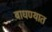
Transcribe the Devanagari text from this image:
बाधण्यात